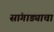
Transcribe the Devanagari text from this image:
सांगाड्याचा